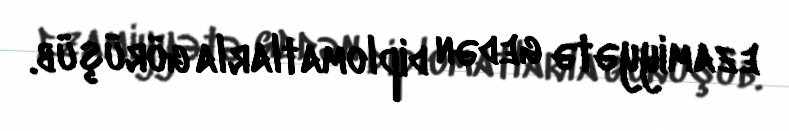
ezamiyyətə gedən diplomatlarla görüşüb.